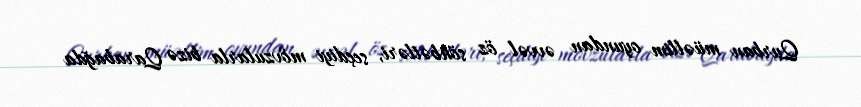
Qurban müəllim oyundan əvvəl öz söhbətləri, seçdiyi mövzularla bizə Qarabağda